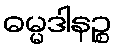
ဓမ္မဒါနဉ္စ